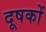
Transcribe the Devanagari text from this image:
दूषकों